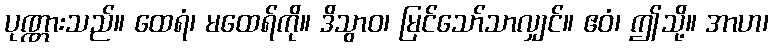
ပုဏ္ဏားသည်။ ထေရံ၊ မထေရ်ကို။ ဒိသွာဝ၊ မြင်သော်သာလျှင်။ ဧဝံ၊ ဤသို့။ အာဟ၊